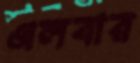
এলবার